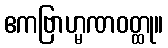
ဧကဗြာဟ္မဏဝတ္ထု။